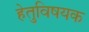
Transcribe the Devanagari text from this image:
हेतुविषयक